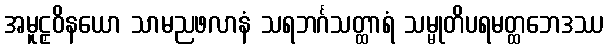
အမူဠှဝိနယော သာမညဖလာနံ သရဘင်္ဂသတ္ထာရံ သမ္မုတိပရမတ္ထဘေဒဿ